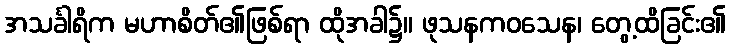
အသင်္ခါရိက မဟာစိတ်၏ဖြစ်ရာ ထိုအခါ၌။ ဖုသနကဝသေန၊ တွေ့ထိခြင်း၏